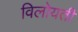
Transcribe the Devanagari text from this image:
विलोयती